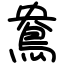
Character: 鴦